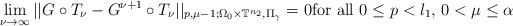
LaTeX: \begin{align*}\lim_{\nu\rightarrow \infty}||G\circ T_\nu-G^{\nu+1}\circ T_\nu||_{p,\mu-1;\Omega_0\times \mathbb{T}^{n_2},\Pi_\gamma}=0 {\rm for \,\, all} \,\, 0\leq p<l_1,\,0<\mu\leq \alpha\end{align*}